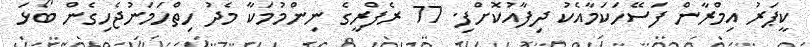
ކީޕަރު އިމްރާން ފަސޭހަކަމާއެކު ދިފާއުކޮށްފި. 77 ރެފްރީގެ ނިންމުމަކާ މެދު ހިތްހަމަނުޖެހިގެން ބޯޅަ